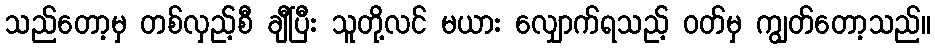
သည်တော့မှ တစ်လှည့်စီ ချီပြီး သူတို့လင် မယား လျှောက်ရသည့် ဝတ်မှ ကျွတ်တော့သည်။